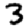
Digit: 3